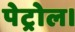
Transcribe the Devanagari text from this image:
पेट्रोल।